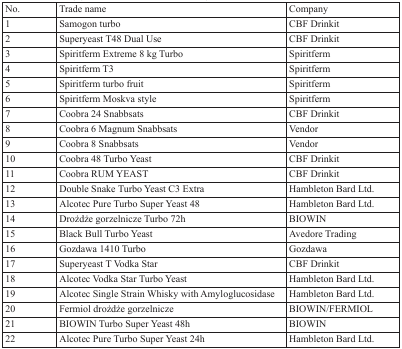
<table><thead><tr><td><b>No.</b></td><td><b>Trade name</b></td><td><b>Company</b></td></tr></thead><tbody><tr><td>1</td><td>Samogon turbo</td><td>CBF Drinkit</td></tr><tr><td>2</td><td>Superyeast T48 Dual Use</td><td>CBF Drinkit</td></tr><tr><td>3</td><td>Spiritferm Extreme 8 kg Turbo</td><td>Spiritferm</td></tr><tr><td>4</td><td>Spiritferm T3</td><td>Spiritferm</td></tr><tr><td>5</td><td>Spiritferm turbo fruit</td><td>Spiritferm</td></tr><tr><td>6</td><td>Spiritferm Moskva style</td><td>Spiritferm</td></tr><tr><td>7</td><td>Coobra 24 Snabbsats</td><td>CBF Drinkit</td></tr><tr><td>8</td><td>Coobra 6 Magnum Snabbsats</td><td>Vendor</td></tr><tr><td>9</td><td>Coobra 8 Snabbsats</td><td>Vendor</td></tr><tr><td>10</td><td>Coobra 48 Turbo Yeast</td><td>CBF Drinkit</td></tr><tr><td>11</td><td>Coobra RUM YEAST</td><td>CBF Drinkit</td></tr><tr><td>12</td><td>Double Snake Turbo Yeast C3 Extra</td><td>Hambleton Bard Ltd.</td></tr><tr><td>13</td><td>Alcotec Pure Turbo Super Yeast 48</td><td>Hambleton Bard Ltd.</td></tr><tr><td>14</td><td>Drożdże gorzelnicze Turbo 72h</td><td>BIOWIN</td></tr><tr><td>15</td><td>Black Bull Turbo Yeast</td><td>Avedore Trading</td></tr><tr><td>16</td><td>Gozdawa 1410 Turbo</td><td>Gozdawa</td></tr><tr><td>17</td><td>Superyeast T Vodka Star</td><td>CBF Drinkit</td></tr><tr><td>18</td><td>Alcotec Vodka Star Turbo Yeast</td><td>Hambleton Bard Ltd.</td></tr><tr><td>19</td><td>Alcotec Single Strain Whisky with Amyloglucosidase</td><td>Hambleton Bard Ltd.</td></tr><tr><td>20</td><td>Fermiol drożdże gorzelnicze</td><td>BIOWIN/FERMIOL</td></tr><tr><td>21</td><td>BIOWIN Turbo Super Yeast 48h</td><td>BIOWIN</td></tr><tr><td>22</td><td>Alcotec Pure Turbo Super Yeast 24h</td><td>Hambleton Bard Ltd.</td></tr></tbody></table>